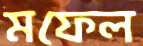
মফেল